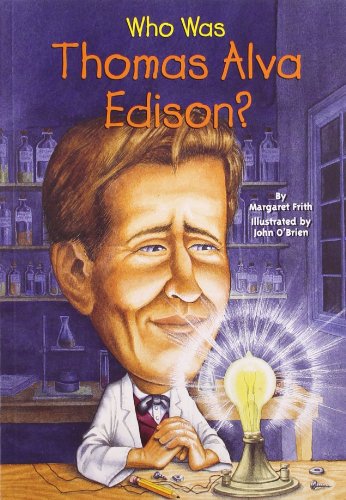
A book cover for Who Was Thomas Alva Edison?; Margaret Frith; Children's Books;